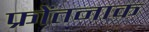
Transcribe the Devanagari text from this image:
फ्रोंतनाक